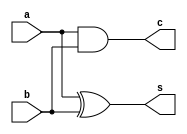
module HA
(
    input a,
    input b,
    output s,
    output c
);

xor xor0 (s, a, b);
and and0 (c, a, b);

endmodule

module FA
(
    input a,
    input b,
    input cin,
    output s,
    output cout
);

wire ha0_s, ha0_cout, ha1_cout;

HA ha0 (.a(a), .b(b), .s(ha0_s), .c(ha0_cout));
HA ha1 (.a(cin), .b(ha0_s), .s(s), .c(ha1_cout));
or or0 (cout, ha0_cout, ha1_cout);
endmodule

module FA_reference
(
    input a,
    input b,
    input cin,
    output s,
    output cout
);

assign {cout, s} = a + b + cin;

endmodule

module multiplier_reference
(
    input [7:0] A,
    input [7:0] B,
    input S,
    input V,
    output reg [15:0] Y
);

wire [7:0] u_uab, u_lab, s_uab, s_lab;
assign u_uab = $unsigned(A[7:4]) * $unsigned(B[7:4]);
assign u_lab = $unsigned(A[3:0]) * $unsigned(B[3:0]);
assign s_uab = $signed(A[7:4]) * $signed(B[7:4]);
assign s_lab = $signed(A[3:0]) * $signed(B[3:0]);

always @(*) begin
    case({S,V})
        2'b00: Y = $unsigned(A) *  $unsigned(B);
        2'b01: Y = {u_uab, u_lab};
        2'b10: Y = $signed(A) * $signed(B);
        2'b11: Y = {s_uab, s_lab};
    endcase
end

endmodule

// parameterized signed/unsigned baugh-wooley array multiplier
module unit_multiplier #(
    parameter WIDTH = 4
) (
    input [WIDTH-1:0] A,
    input [WIDTH-1:0] B,
    input S,
    output [2*WIDTH-1:0] Y
);

// x, y order
wire and_array [WIDTH-1:0] [WIDTH-1:0]; // results

genvar i, j;
generate
    for (i = 0; i < WIDTH; i = i + 1) begin
        for (j = 0; j < WIDTH; j = j + 1) begin
            if ((j == WIDTH-1 && i != WIDTH-1) || (i == WIDTH-1 && j != WIDTH-1)) begin
                assign and_array[i][j] = S ? ~(A[i] & B[j]) : A[i] & B[j];
            end
            else begin
                assign and_array[i][j] = A[i] & B[j];
            end
        end
    end
endgenerate

wire FA_x [WIDTH-1:0] [WIDTH-2:0];
wire FA_y [WIDTH-1:0] [WIDTH-1:0];

// connections for FA
genvar k, l;
generate
    for (k = 0; k < WIDTH; k = k + 1) begin
        for (l = 0; l < WIDTH - 1; l = l + 1) begin
            if (k == 0) begin
                FA fa0(.a(FA_y[k][l]), .b(and_array[k][l+1]), .cin(FA_x[k][l]), .s(Y[l+1]), .cout(FA_x[k+1][l]));
            end
            else if (k == WIDTH-1) begin
                FA fa0(.a(FA_y[k][l]), .b(and_array[k][l+1]), .cin(FA_x[k][l]), .s(FA_y[k-1][l+1]), .cout(FA_y[k][l+1]));
            end
            else begin
                FA fa0(.a(FA_y[k][l]), .b(and_array[k][l+1]), .cin(FA_x[k][l]), .s(FA_y[k-1][l+1]), .cout(FA_x[k+1][l]));
            end
        end
    end
endgenerate

// initial connections for FA_x
genvar m;
generate
    for (m = 0; m < WIDTH - 1; m = m + 1) begin
        assign FA_x[0][m] = 1'b0;
    end
endgenerate

// initial connections for FA_y
genvar n;
generate
    for (n = 0; n < WIDTH; n = n + 1) begin
        if (n == WIDTH-1) begin
            assign FA_y[n][0] = S ? 1'b1 : 1'b0;
        end
        else begin
            assign FA_y[n][0] = and_array[n+1][0];
        end
    end
endgenerate

// connections for output Y
genvar o;
generate
    for (o = 0; o < WIDTH - 1; o = o + 1) begin
        assign Y[WIDTH+o] = FA_y[o][WIDTH-1];
    end
endgenerate

assign Y[0] = and_array[0][0];
assign Y[2*WIDTH-1] = S ? 1'b1 ^ FA_y[WIDTH-1][WIDTH-1] : FA_y[WIDTH-1][WIDTH-1];

endmodule

// student multiplier
module multiplier
(
    input [7:0] A,
    input [7:0] B,
    input S,
    input V,
    output [15:0] Y
);

wire [15:0] Y_nonvectorized, Y_vectorized;
assign Y = V ? Y_vectorized : Y_nonvectorized;

unit_multiplier #(.WIDTH(4)) unit_mult4_high (.A(A[7:4]), .B(B[7:4]), .S(S), .Y(Y_vectorized[15:8]));
unit_multiplier #(.WIDTH(4)) unit_mult4_low (.A(A[3:0]), .B(B[3:0]), .S(S), .Y(Y_vectorized[7:0]));
unit_multiplier #(.WIDTH(8)) unit_mult8 (.A(A), .B(B), .S(S), .Y(Y_nonvectorized));

endmodule